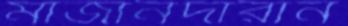
মাজানদারান